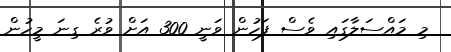
މި މައްސަލާގައި ވެސް ފަހުން ވަނީ 300 އަށް ވުރެ ގިނަ މީހުން